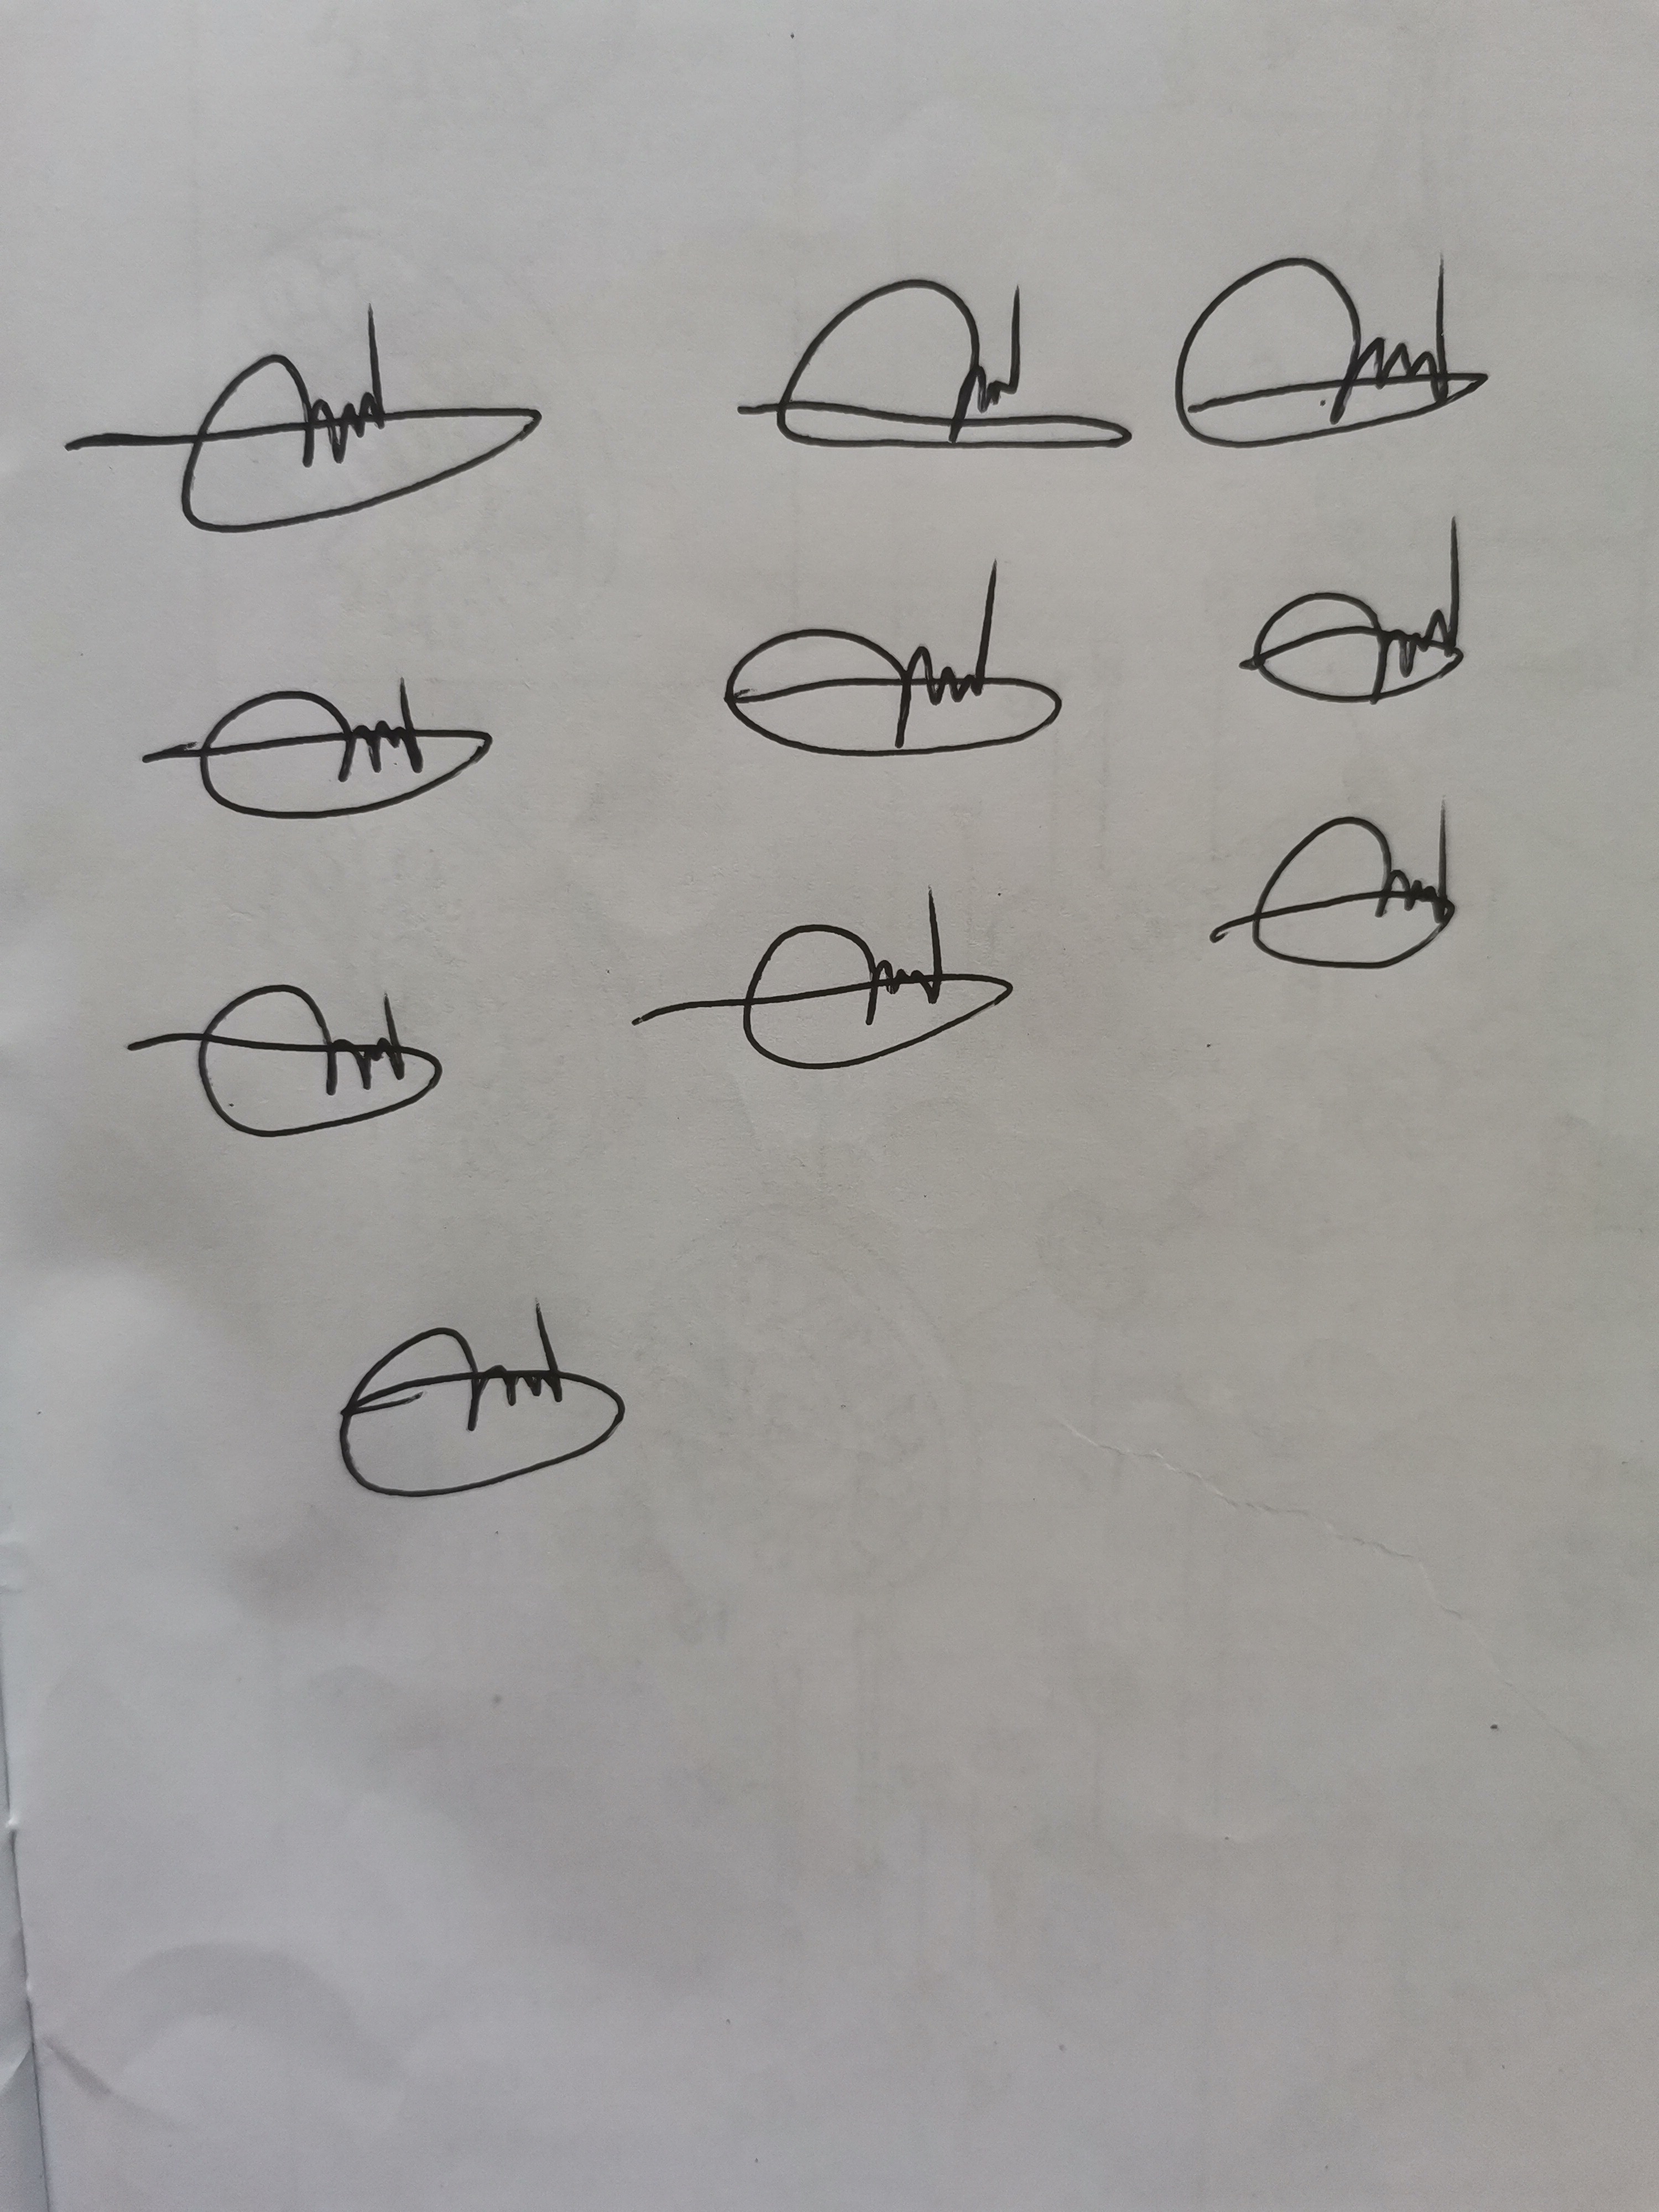
Signature authenticity: genuine